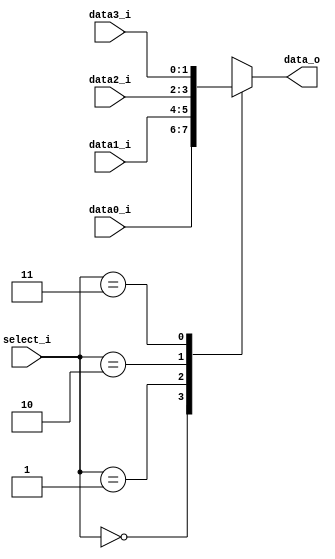
//Subject:		CO project 5 - MUX 4to1
//--------------------------------------------------------------------------------
//Version:		1
//--------------------------------------------------------------------------------
//Writer:		0210022 , 0210029 
//----------------------------------------------
//Date:
//----------------------------------------------
//Description:
//--------------------------------------------------------------------------------

module MUX_4to1(
	data0_i,
	data1_i,
	data2_i,
	data3_i,
	select_i,
	data_o
);

parameter size = 0;

//I/O ports
input	[size-1:0]	data0_i;
input	[size-1:0]	data1_i;
input	[size-1:0]	data2_i;
input	[size-1:0]	data3_i;
input	[1:0]		select_i;
output	[size-1:0]	data_o;

//Internal Signals
reg     [size-1:0]	data_o;

//Main function
always@ (*) begin
	case (select_i)
		2'b00:	data_o=data0_i;
		2'b01:	data_o=data1_i;
		2'b10:	data_o=data2_i;
		2'b11:	data_o=data3_i;
	endcase
end

endmodule